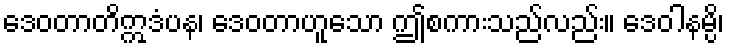
ဒေဝတာတိဣဒံပန၊ ဒေဝတာဟူသော ဤစကားသည်လည်း။ ဒေဝါနမ္ပိ၊